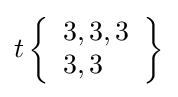
t\left\{{\begin{array}{l}3,3,3\\3,3\end{array}}\right\}